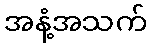
အနံ့အသက်